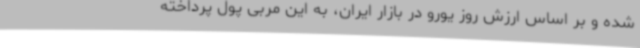
شده و بر اساس ارزش روز یورو در بازار ایران، به این مربی پول پرداخته